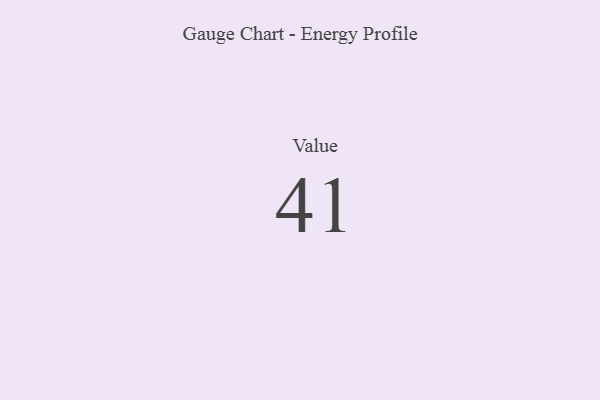
{"axis": {"x": "Metric", "y": "Value"}, "legend": [""], "data": [{"x": "Value", "y": 41, "type": ""}]}